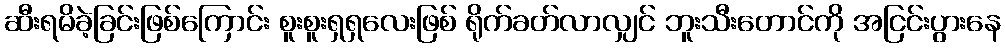
ဆီးရမိခဲ့ခြင်းဖြစ်ကြောင်း စူးစူးရှရှလေးဖြစ် ရိုက်ခတ်လာလျှင် ဘူးသီးတောင်ကို အငြင်းပွားနေ